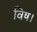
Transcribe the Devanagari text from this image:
विष।